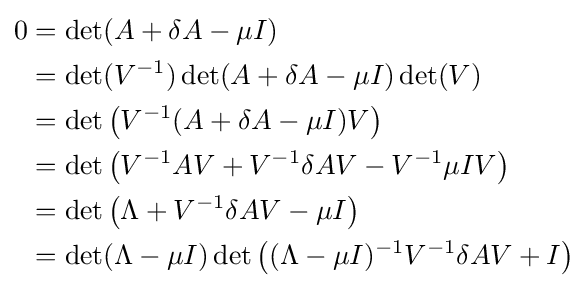
{\begin{aligned}0&=\det(A+\delta A-\mu I)\\&=\det(V^{-1})\det(A+\delta A-\mu I)\det(V)\\&=\det \left(V^{-1}(A+\delta A-\mu I)V\right)\\&=\det \left(V^{-1}AV+V^{-1}\delta AV-V^{-1}\mu IV\right)\\&=\det \left(\Lambda +V^{-1}\delta AV-\mu I\right)\\&=\det(\Lambda -\mu I)\det \left((\Lambda -\mu I)^{-1}V^{-1}\delta AV+I\right)\\\end{aligned}}